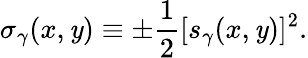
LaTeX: \sigma_{\gamma}(x,\mathit{y})\equiv\pm{\frac{{1}}{{2}}}[s_{\gamma}(x,\mathit{y})]^{2}.